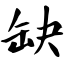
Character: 缺